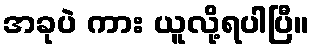
အခုပဲ ကား ယူလို့ရပါပြီ။